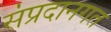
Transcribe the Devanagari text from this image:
संप्रदानगत